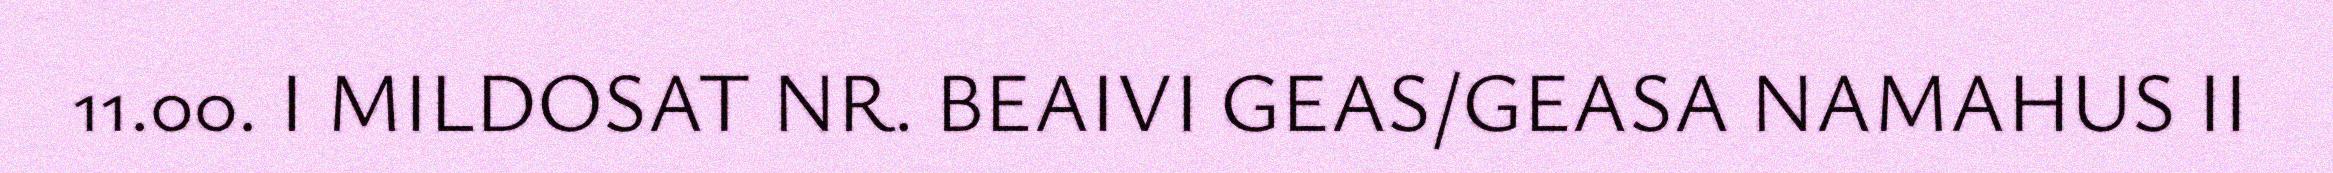
11.00. I MILDOSAT NR. BEAIVI GEAS/GEASA NAMAHUS II